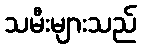
သမီးများသည်